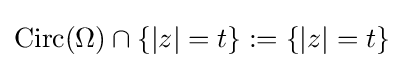
\operatorname {Circ} (\Omega )\cap \{|z|=t\}:=\{|z|=t\}